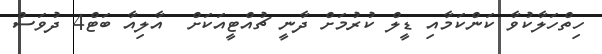
ހިތްހަލާކުވާ ކަންކަމާއި ޑީލް ކުރުމަށް ދާނީ ޗުއްޓީއަކަށް  އާލިއާ ބަޓް4 ދުވަސް